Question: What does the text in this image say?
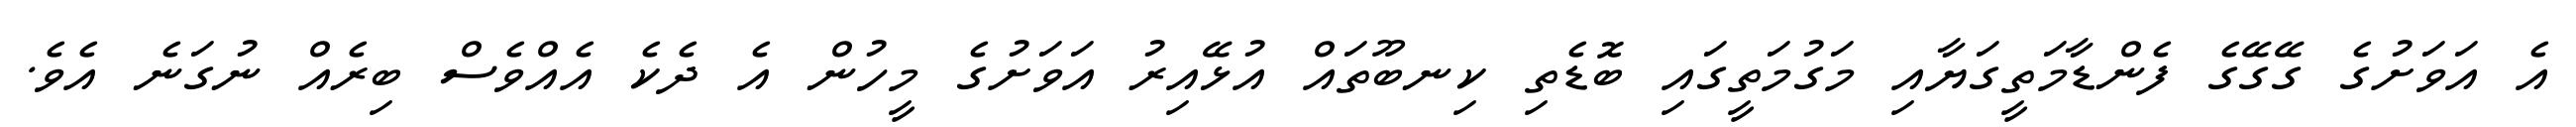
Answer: އެ އަވަށުގެ ގޭގޭގެ ފެންޑާމަތީގަޔާއި މަގުމަތީގައި ބޮޑެތި ކިނބޫތައް އުޅޭއިރު އަވަށުގެ މީހުން އެ ދެކެ އެއްވެސް ބިރެއް ނުގަނެ އެވެ.